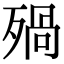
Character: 𣨱